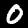
Digit: 0